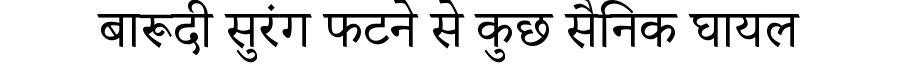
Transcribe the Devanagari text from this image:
बारूदी सुरंग फटने से कुछ सैनिक घायल